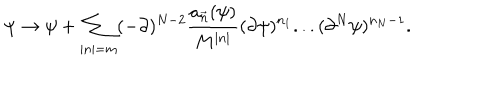
\psi \rightarrow \psi + \sum _ { | n | = m } ( - \partial ) ^ { N - 2 } \frac { a _ { \vec { n } } ( \psi ) } { M ^ { | n | } } ( \partial \psi ) ^ { n _ { 1 } } . . . ( \partial ^ { N } \psi ) ^ { n _ { N } - 1 } .